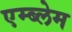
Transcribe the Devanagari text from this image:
एम्ब्लेम